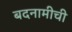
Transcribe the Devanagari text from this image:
बदनामीची